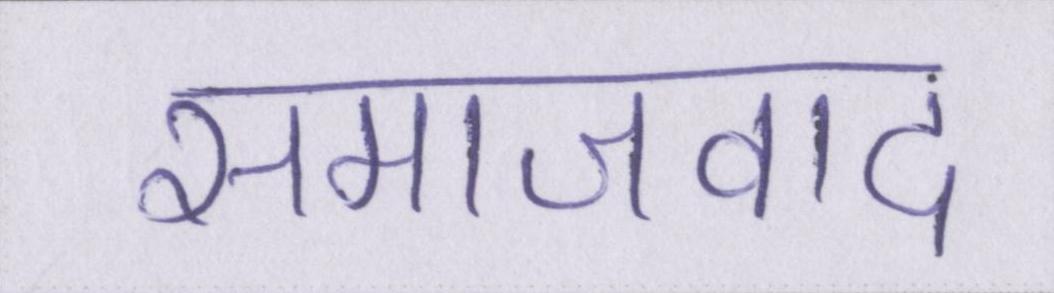
समाजवाद